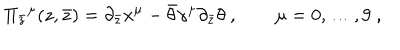
\Pi _ { \bar { z } } { } ^ { \mu } ( z , \bar { z } ) = \partial _ { \bar { z } } x ^ { \mu } - \bar { \theta } \gamma ^ { \mu } \partial _ { \bar { z } } \theta \ , \qquad \mu = 0 , \dots , 9 \ ,